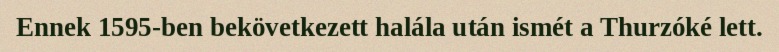
Ennek 1595-ben bekövetkezett halála után ismét a Thurzóké lett.